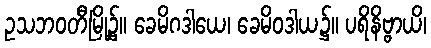
ဥသဘဝတီမြို့၌။ ခေမိဂဒါယေ၊ ခေမိဝဒါယ၌။ ပရိနိဗ္ဗာယိ၊